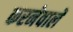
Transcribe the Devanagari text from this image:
करनेवालें